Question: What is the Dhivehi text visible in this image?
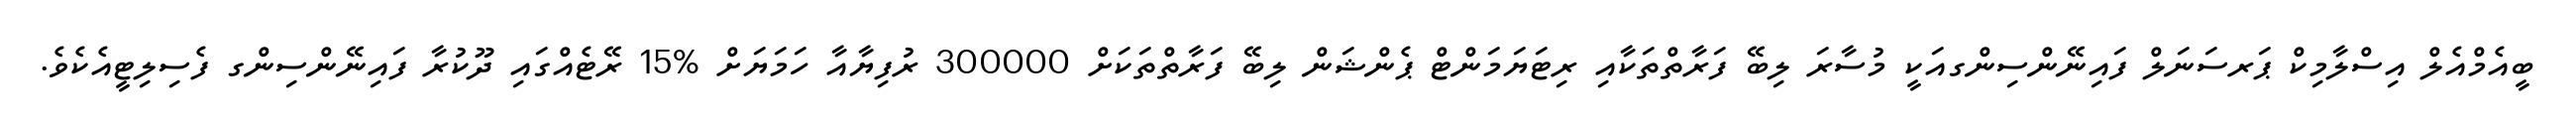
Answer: ބީއެމްއެލް އިސްލާމިކް ޕަރސަނަލް ފައިނޭންސިންގއަކީ މުސާރަ ލިބޭ ފަރާތްތަކާއި ރިޓަޔަމަންޓް ޕެންޝަން ލިބޭ ފަރާތްތަކަށް 300000 ރުފިޔާއާ ހަމަޔަށް %15 ރޭޓެއްގައި ދޫކުރާ ފައިނޭންސިންގ ފެސިލިޓީއެކެވެ.